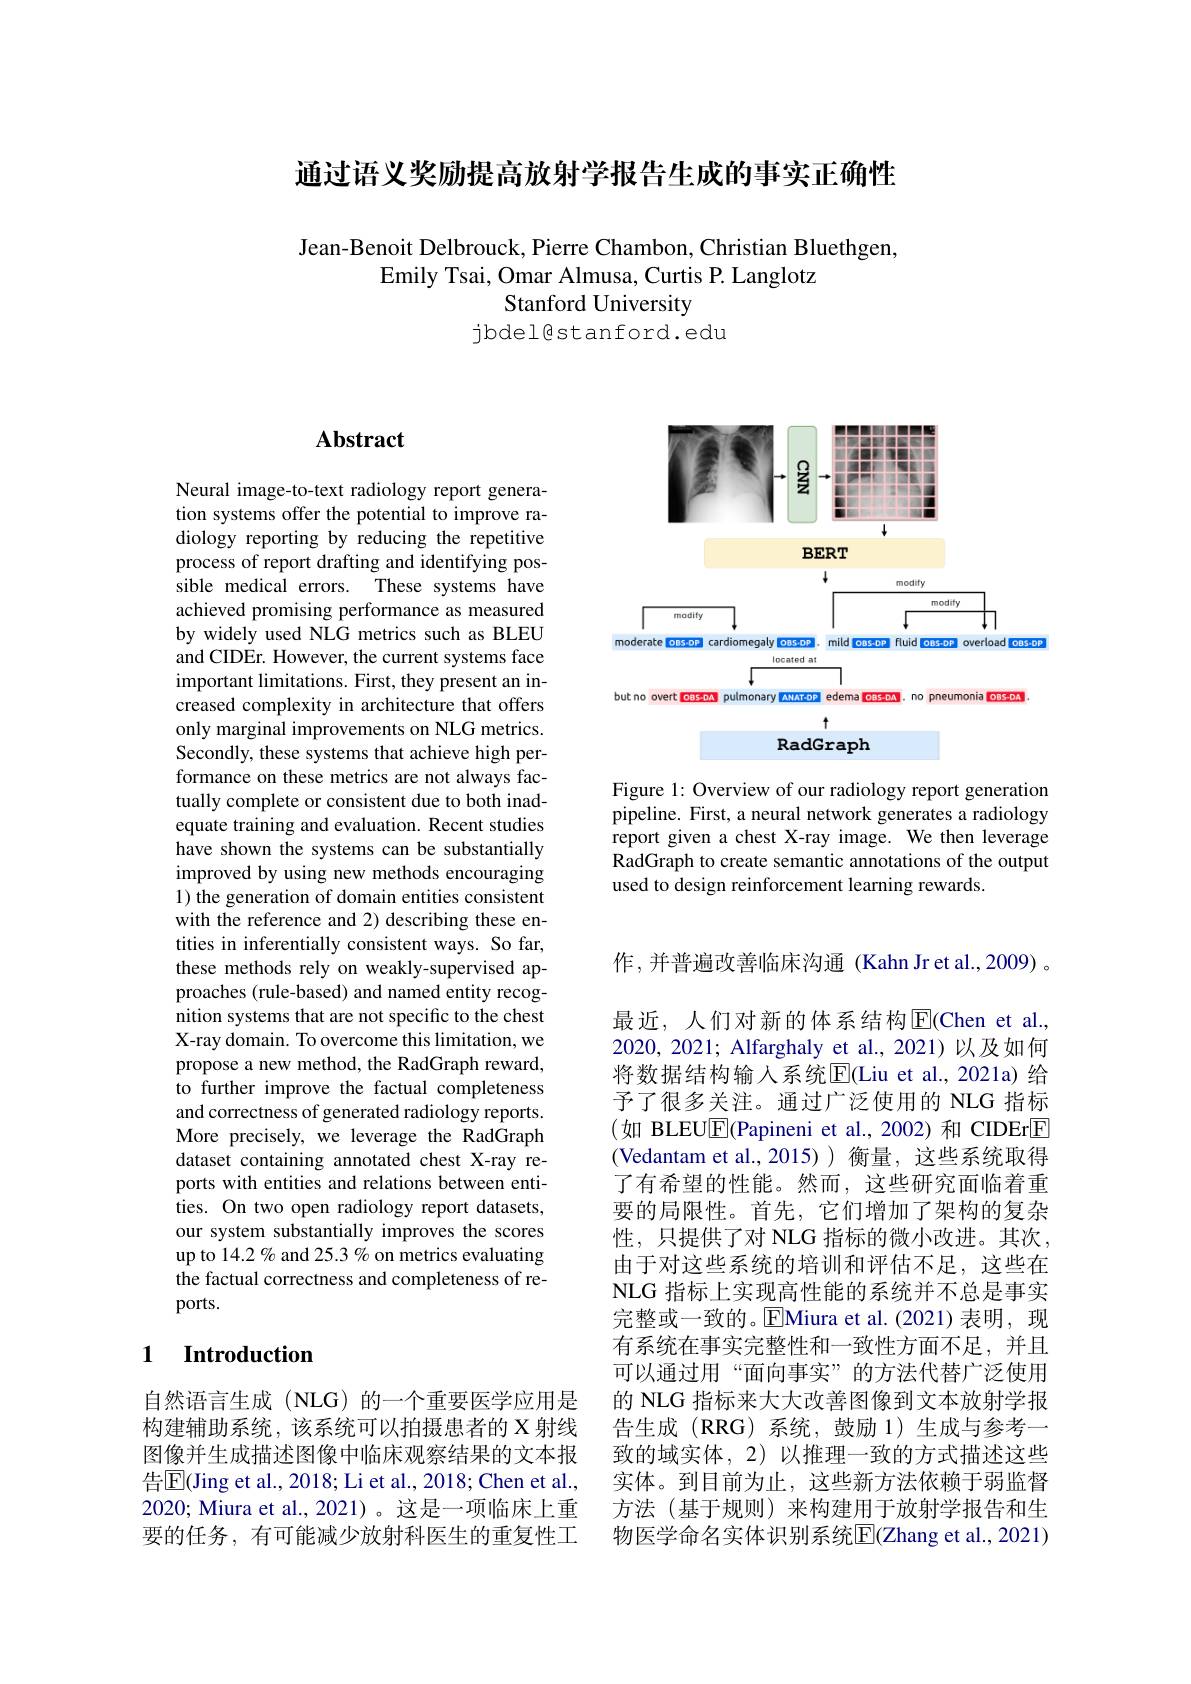
通过语义奖励提高放射学报告生成的事实正确性

Jean-Benoit Delbrouck, Pierre Chambon, Christian Bluethgen,
Emily Tsai, Omar Almusa, Curtis P. Langlotz
## Stanford University jbdel@stanford.edu

<FigureHere>

Figure 1: Overview of our radiology report generation pipeline. First, a neural network generates a radiology report given a chest X-ray image. We then leverage RadGraph to create semantic annotations of the output used to design reinforcement learning rewards.

## $\mathbf{Abstract}$

Neural image-to-text radiology report generation systems offer the potential to improve radiology reporting by reducing the repetitive process of report drafting and identifying possible medical errors. These systems have achieved promising performance as measured by widely used NLG metrics such as BLEU and CIDEr. However, the current systems face important limitations. First, they present an increased complexity in architecture that offers only marginal improvements on NLG metrics. Secondly, these systems that achieve high performance on these metrics are not always factually complete or consistent due to both inadequate training and evaluation. Recent studies have shown the systems can be substantially improved by using new methods encouraging 1) the generation of domain entities consistent with the reference and 2) describing these entities in inferentially consistent ways. So far, these methods rely on weakly-supervised approaches (rule-based) and named entity recognition systems that are not specific to the chest X-ray domain. To overcome this limitation, we propose a new method, the RadGraph reward, to further improve the factual completeness and correctness of generated radiology reports. More precisely, we leverage the RadGraph dataset containing annotated chest X-ray reports with entities and relations between enti- ${\hat{\text{ties. On two open radiology report datasets,}}}$ our system substantially improves the scores up to 14.2 % and 25.3 % on metrics evaluating the factual correctness and completeness of reports.

## 1 Introduction

自然语言生成(NLG)的一个重要医学应用是构建辅助系统，该系统可以拍摄患者的 X 射线图像并生成描述图像中临床观察结果的文本报告$\overline{\mathrm{E}}($Jing et al., 2018; Li et al., 2018; Chen et al., 2020; Miura et al., 2021)。这是一项临床上重要的任务，有可能减少放射科医生的重复性工

作，并普遍改善临床沟通 (Kahn Jr et al.,2009) 。最近，人们对新的体系结构$\operatorname{E}($Chen et al., 2020, 2021; Alfarghaly et al., 2021)以及如何将数据结构输人系统$\overline{\mathrm{E}}($Liu et al.,2021a) 给予了很多关注。通过广泛使用的 NLG 指标(如 BLEU$\boxed{\mathrm{F}}$(Papineni et al.,2002)和 CIDEr$\boxed{\mathrm{E}}$ (Vedantam et al.,2015)) 衡量，这些系统取得了有希望的性能。然而，这些研究面临着重要的局限性。首先，它们增加了架构的复杂性，只提供了对 NLG 指标的微小改进。其次， 由于对这些系统的培训和评估不足，这些在NLG 指标上实现高性能的系统并不总是事实完整或一致的。$\overline{\mathrm{E}}$Miura et al.(2021)表明，现有系统在事实完整性和一致性方面不足，并且可以通过用“面向事实”的方法代替广泛使用的 NLG 指标来大大改善图像到文本放射学报告生成(RRG)系统，鼓励 1)生成与参考一致的域实体，2)以推理一致的方式描述这些实体。到目前为止，这些新方法依赖于弱监督方法(基于规则)来构建用于放射学报告和生物医学命名实体识别系统$\overline{\mathrm{E}}($Zhang et al., 2021)